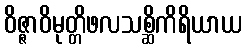
ဝိဇ္ဇာဝိမုတ္တိဖလသစ္ဆိကိရိယာယ